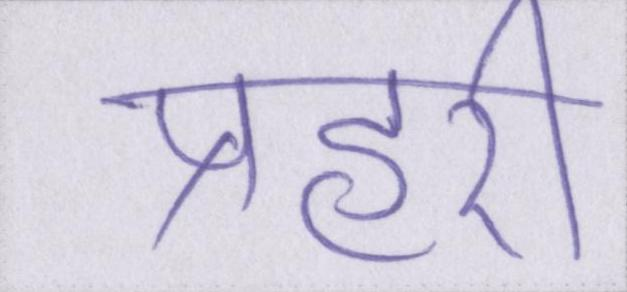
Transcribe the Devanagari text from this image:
प्रहरी